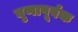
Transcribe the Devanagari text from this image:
घृणापूर्वक